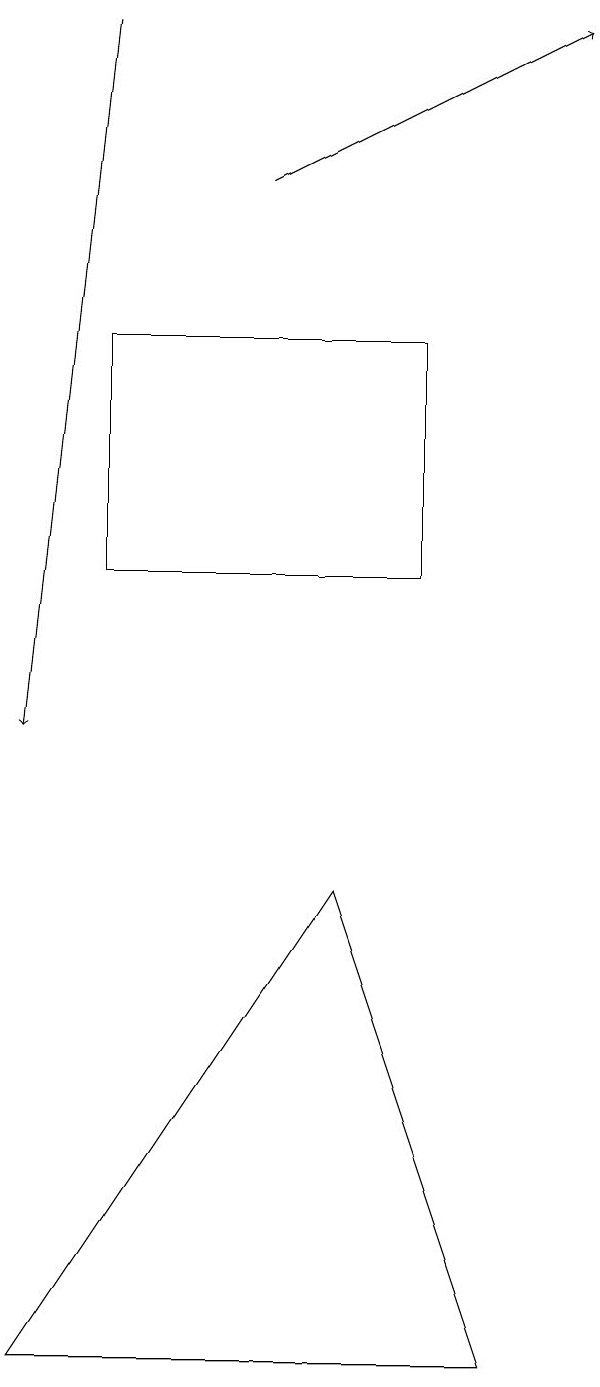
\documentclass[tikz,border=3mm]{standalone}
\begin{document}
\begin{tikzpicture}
\draw[->] (1,19) -- (0,10);
\draw (5,15) rectangle (1,12);
\draw (6,2) -- (4,8) -- (0,2) -- cycle;
\draw[->] (3,17) -- (7,19);
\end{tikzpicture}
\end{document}